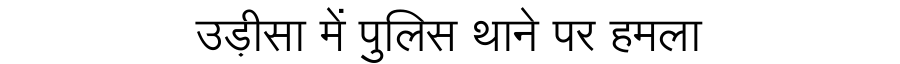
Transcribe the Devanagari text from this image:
उड़ीसा में पुलिस थाने पर हमला